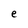
Character: e